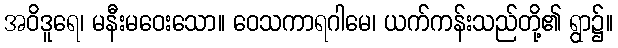
အဝိဒူရေ၊ မနီးမဝေးသော။ ဝေသကာရဂါမေ၊ ယက်ကန်းသည်တို့၏ ရွာ၌။